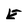
Character: E